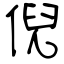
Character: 倪